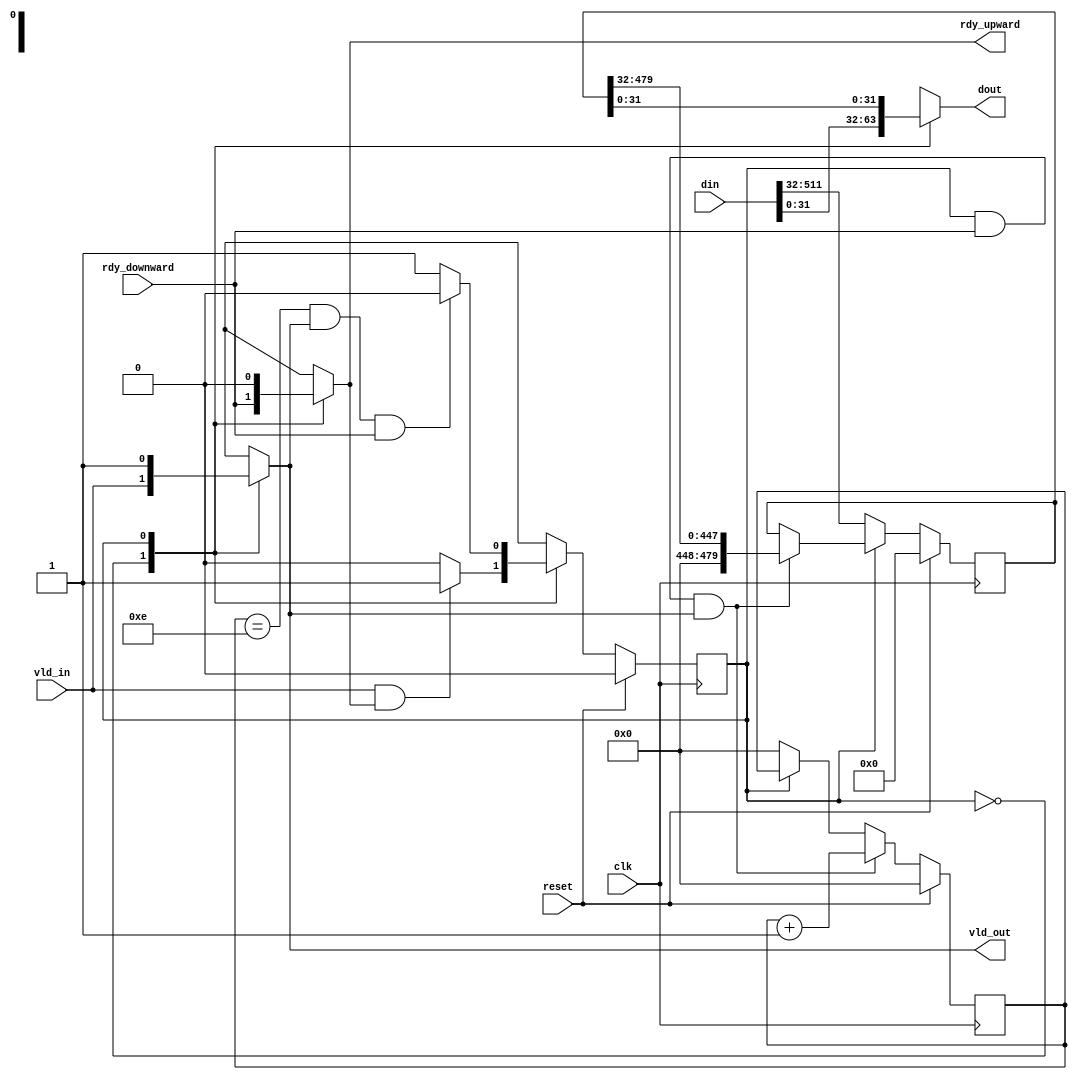
module write_queue#(
    parameter IN_WIDTH = 512,
    parameter OUT_WIDTH = 32,
    localparam MAX = IN_WIDTH/OUT_WIDTH
    ) (
    clk,
    reset,
    din,
    vld_in,
    rdy_upward,
    dout,
    vld_out,
    rdy_downward 
);

parameter P2P = 1'b0;
parameter QUE = 1'b1;

input                      clk;
input                      reset;
input [IN_WIDTH-1:0]       din;
input                      vld_in;
output reg                 rdy_upward;
output reg [OUT_WIDTH-1:0] dout;
output reg                 vld_out;
input                      rdy_downward;


reg state, next_state;
reg [31:0] cnt;
reg [IN_WIDTH-OUT_WIDTH-1:0] dtmp;


always@(posedge clk) begin
    if(reset) begin
        state <= 1'b0;
    end else begin
        state <= next_state;
    end
end


always@(*) begin
  case (state)
    P2P    : begin
               if(vld_in && (rdy_upward == 1)) next_state = QUE;
               else       next_state = P2P;
             end
    QUE    : begin
               if(cnt == MAX-2 && vld_out && rdy_downward) next_state = P2P;
               else           next_state = QUE;
             end
    default: begin
                 next_state = P2P;
             end
   endcase
end


always@(*) begin
  case (state)
    P2P    : begin
               vld_out     = vld_in;
               rdy_upward  = rdy_downward;
               dout        = din[OUT_WIDTH-1:0];
             end
    QUE    : begin
               vld_out     = 1'b1;
               rdy_upward  = 1'b0;
               dout        = dtmp[OUT_WIDTH-1:0];
             end
    default: begin
                vld_out    = 1'b0;
                rdy_upward = 1'b0;
                dout       = 0;
             end
   endcase
end


always@(posedge clk) begin
    if(reset) begin
        dtmp <= 1'b0;
    end else if(state == P2P) begin
        dtmp <= din[IN_WIDTH-1:32];
    end else if(state == QUE && rdy_downward == 1 && vld_out == 1) begin
        dtmp <= dtmp >> OUT_WIDTH;
    end
end


always@(posedge clk) begin
    if(reset) begin
        cnt <= 1'b0;
    end else if(state == QUE && rdy_downward == 1 && vld_out == 1)begin
        cnt <= cnt + 1;
    end else if(state == P2P) begin
        cnt <= 0;
    end else begin
        cnt <= cnt;
    end
end












endmodule